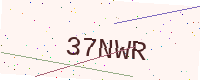
Text: 37NWR